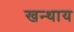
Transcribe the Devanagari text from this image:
खन्थाय